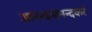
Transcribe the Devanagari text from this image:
आनन्दमानन्दकरं